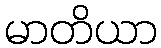
မာတိယာ